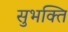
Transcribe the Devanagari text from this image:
सुभक्ति